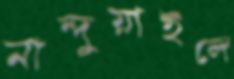
নান্দুয়াইলে